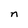
Character: n